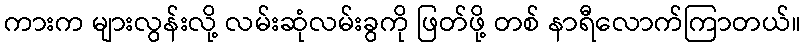
ကားက များလွန်းလို့ လမ်းဆုံလမ်းခွကို ဖြတ်ဖို့ တစ် နာရီလောက်ကြာတယ်။